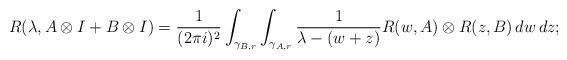
LaTeX: \begin{align*} R(\lambda,A\otimes I+B\otimes I) = \frac1{(2\pi i)^2}\int_{\gamma_{B,r}}\int_{\gamma_{A,r}} \frac{1}{\lambda - (w+z)} R(w,A)\otimes R(z,B)\,dw\,dz; \end{align*}